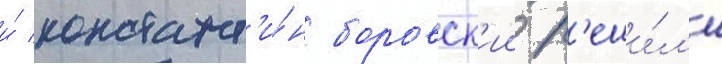
и́ констант'и́н боровск'ии р'еши́л'и